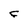
Character: F